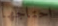
احتاجها